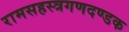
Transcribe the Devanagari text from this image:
रामसहस्त्रगणदण्डक